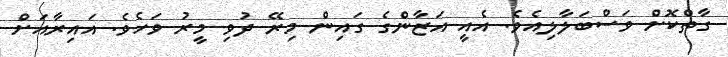
ގާތްކޮށް ވަސްބަލާލިއެވެ. އެއީ އަޒާންގެ ގައިން މިރޭ ދުވި މީރު ވަހެވެ. އައިރާއަށް